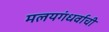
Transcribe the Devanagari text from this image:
मलयगंधर्वाची